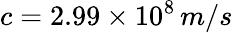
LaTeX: c=2.99\times 10^{8}\, m/s